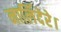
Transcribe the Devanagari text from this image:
नार्लिदेरे।